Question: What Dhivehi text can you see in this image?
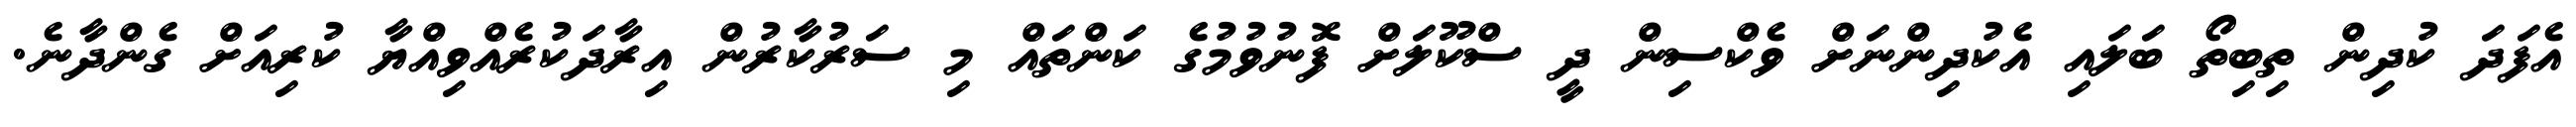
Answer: އެފަދަ ކުދިން ތިބިތޯ ބަލައި އެކުދިންނަށް ވެކްސިން ދީ ސްކޫލަށް ފޮނުވުމުގެ ކަންތައް މި ސަރުކާރުން އިރާދަކުރެއްވިއްޔާ ކުރިއަށް ގެންދާނެ.